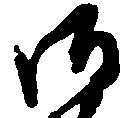
御